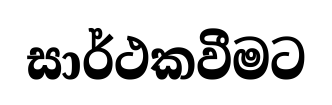
සාර්ථකවීමට